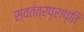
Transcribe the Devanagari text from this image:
स्वतंत्रप्राप्ति